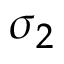
\sigma _ { 2 }